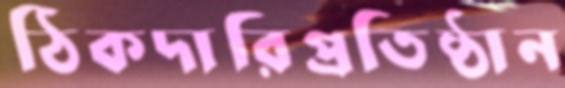
ঠিকদারিপ্রতিষ্ঠান